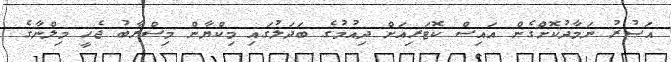
އަޞުރު ނަމާދުކޮށްގެން އައިސް ކޮޓަރިއަށް ދިއުމުގެ ބަދަލުގައި މިކްޔާން މިސްރާބު ޖެހީ މިލްނާގެ